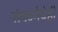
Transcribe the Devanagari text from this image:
संघटनेचेही